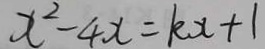
x ^ { 2 } - 4 x = k x + 1